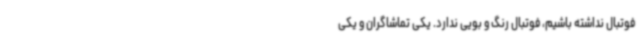
فوتبال نداشته باشیم، فوتبال رنگ و بویی ندارد. یکی تماشاگران و یکی